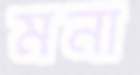
মনা